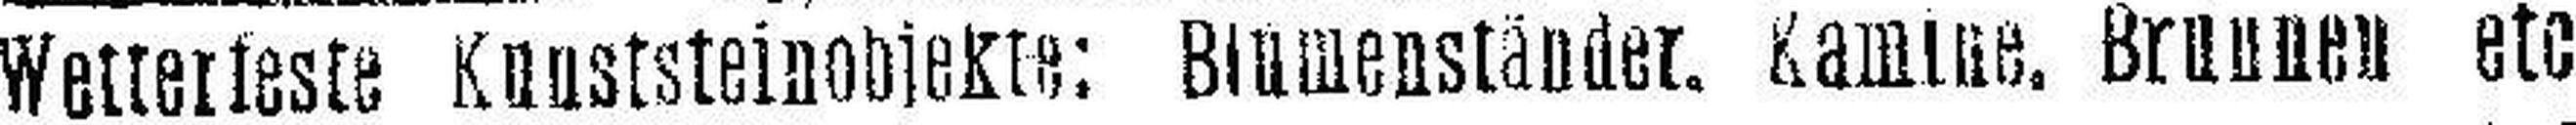
Wetterfeste Kunststeinobjekte: Blumenständer. Kamine, Brunnen etc